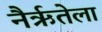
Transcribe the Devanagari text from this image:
नैर्ऋतेला